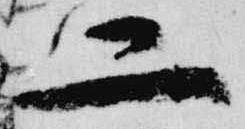
二